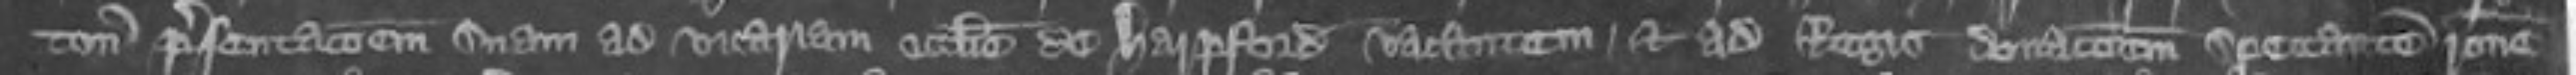
ton presentationem suam ad vicariam ecclesie de Harpford vacantem et ad Regis donacionem spectantem ratione